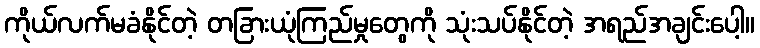
ကိုယ်လက်မခံနိုင်တဲ့ တခြားယုံကြည်မှုတွေကို သုံးသပ်နိုင်တဲ့ အရည်အချင်းပေါ့။